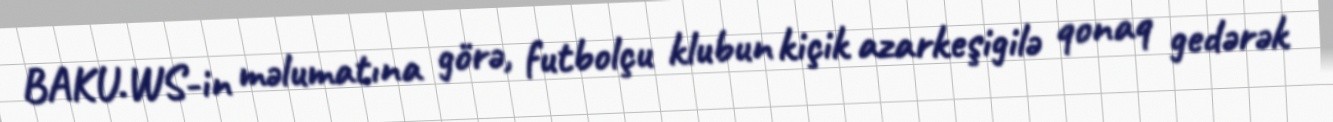
BAKU.WS-in məlumatına görə, futbolçu klubun kiçik azarkeşigilə qonaq gedərək